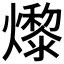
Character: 𤑬